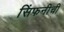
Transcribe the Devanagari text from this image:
सिंफनीची